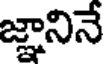
జ్ఞానినే